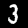
Label: 3